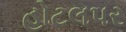
હોટલપર